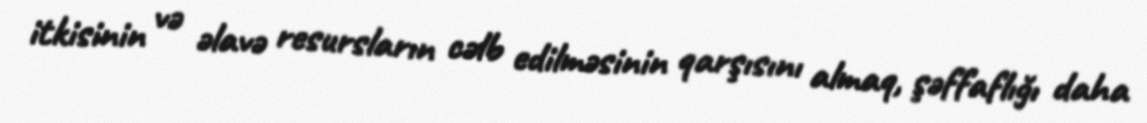
itkisinin və əlavə resursların cəlb edilməsinin qarşısını almaq, şəffaflığı daha